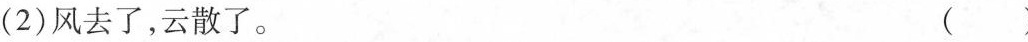
(2)风去了，云散了。 （）